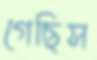
গেছিস